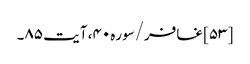
[۵۳] غافر/سوره۴۰، آیت ۸۵۔